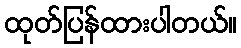
ထုတ်ပြန်ထားပါတယ်။